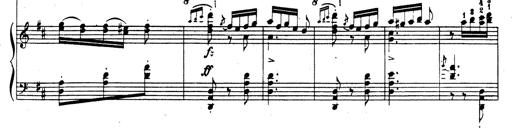
Title: Rhapsodie espagnole
Composer: Franz Liszt